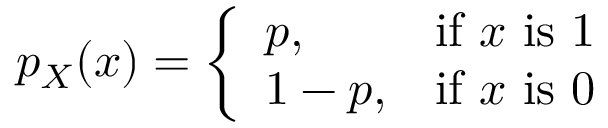
p _ { X } ( x ) = { \left\{ \begin{array} { l l } { p , } & { { \mathrm { i f ~ } } x { \mathrm { ~ i s ~ 1 } } } \\ { 1 - p , } & { { \mathrm { i f ~ } } x { \mathrm { ~ i s ~ 0 } } } \end{array} \right. }